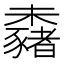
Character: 𣠕